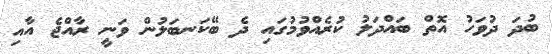
ބުދަ ދުވަހު އޮތް ބައްދަލު ކުރެއްވުމުގައި ދެ ބޭކަނބަލުން ވަނީ ރާއްޖެ އާއި